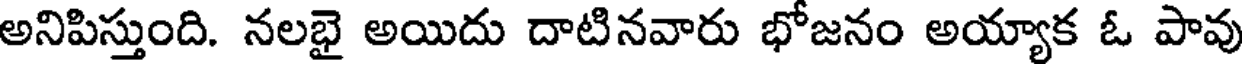
అనిపిస్తుంది. నలభై అయిదు దాటినవారు భోజనం అయ్యాక ఓ పావు